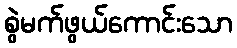
စွဲမက်ဖွယ်ကောင်းသော